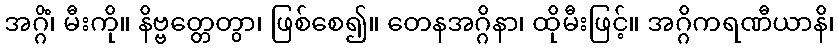
အဂ္ဂိံ၊ မီးကို။ နိဗ္ဗတ္တေတွာ၊ ဖြစ်စေ၍။ တေနအဂ္ဂိနာ၊ ထိုမီးဖြင့်။ အဂ္ဂိကရဏီယာနိ၊